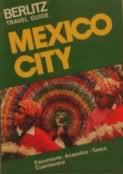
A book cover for Berlitz Guide to Mexico City; Berlitz Guides; Travel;